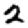
Digit: 2